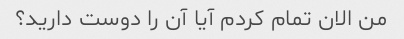
من الان تمام کردم آیا آن را دوست دارید؟